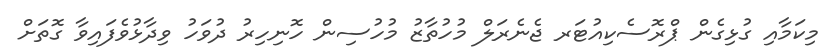
މިކަމާއި ގުޅިގެން ޕްރޮސެކިއުޓަރ ޖެނެރަލް މުހުތާޒު މުހުސިން ހޮނިހިރު ދުވަހު ވިދާޅުވެފައިވާ ގޮތަށް